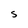
Character: s